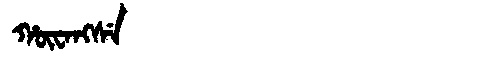
Manchu: ᡥᡡᠸᠠᠩᠰᡝ
Romanization: HŪWANGSE